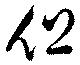
但